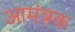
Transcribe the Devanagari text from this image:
आमंत्रक